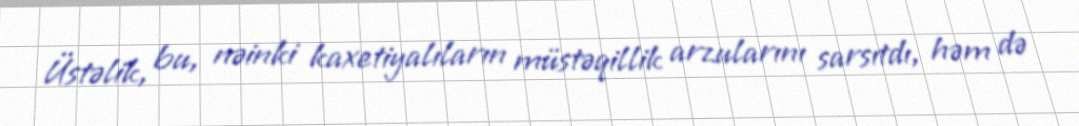
Üstəlik, bu, nəinki kaxetiyalıların müstəqillik arzularını sarsıtdı, həm də